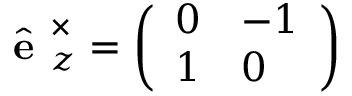
\hat { \textbf { e } } _ { z } ^ { \times } = \left( \begin{array} { l l } { 0 } & { - 1 } \\ { 1 } & { 0 } \end{array} \right)